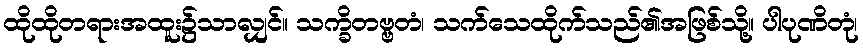
ထိုထိုတရားအထူး၌သာလျှင်။ သက္ခိတဗ္ဗတံ၊ သက်သေထိုက်သည်၏အဖြစ်သို့။ ပါပုဏိတုံ၊